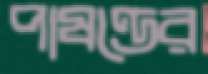
পাষণ্ডের